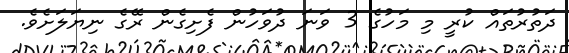
ދަތުރުތައް ކުރީ މި މަހުގެ 3 ވަނަ ދުވަހުން ފެށިގެން ރޭގެ ނިޔަލަށެވެ.